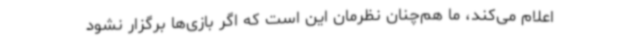
اعلام می‌کند، ما هم‌چنان نظرمان این است که اگر بازی‌ها برگزار نشود